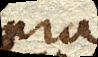
supra